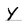
Character: y